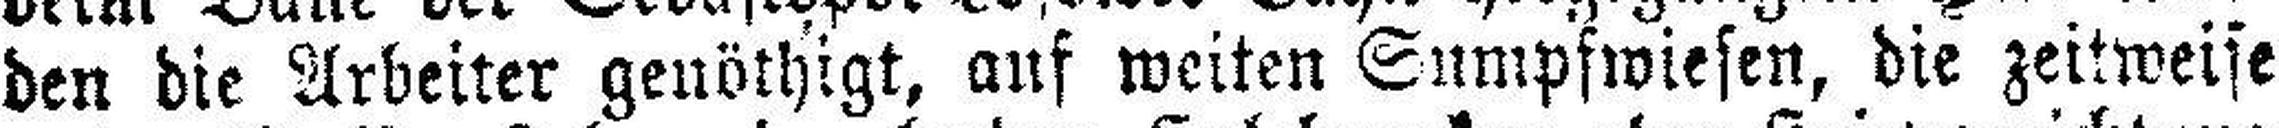
den die Arbeiter genöthigt, auf weiten Sumpfwiesen, die zeitweise